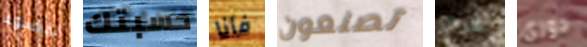
للضوء حسبتك فأنا تصنعون غرائز دوري